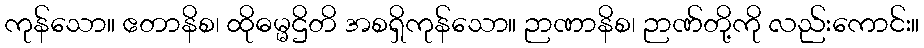
ကုန်သော။ ဧတာနိစ၊ ထိုဓမ္မဌိတိ အစရှိကုန်သော။ ဉာဏာနိစ၊ ဉာဏ်တို့ကို လည်းကောင်း။